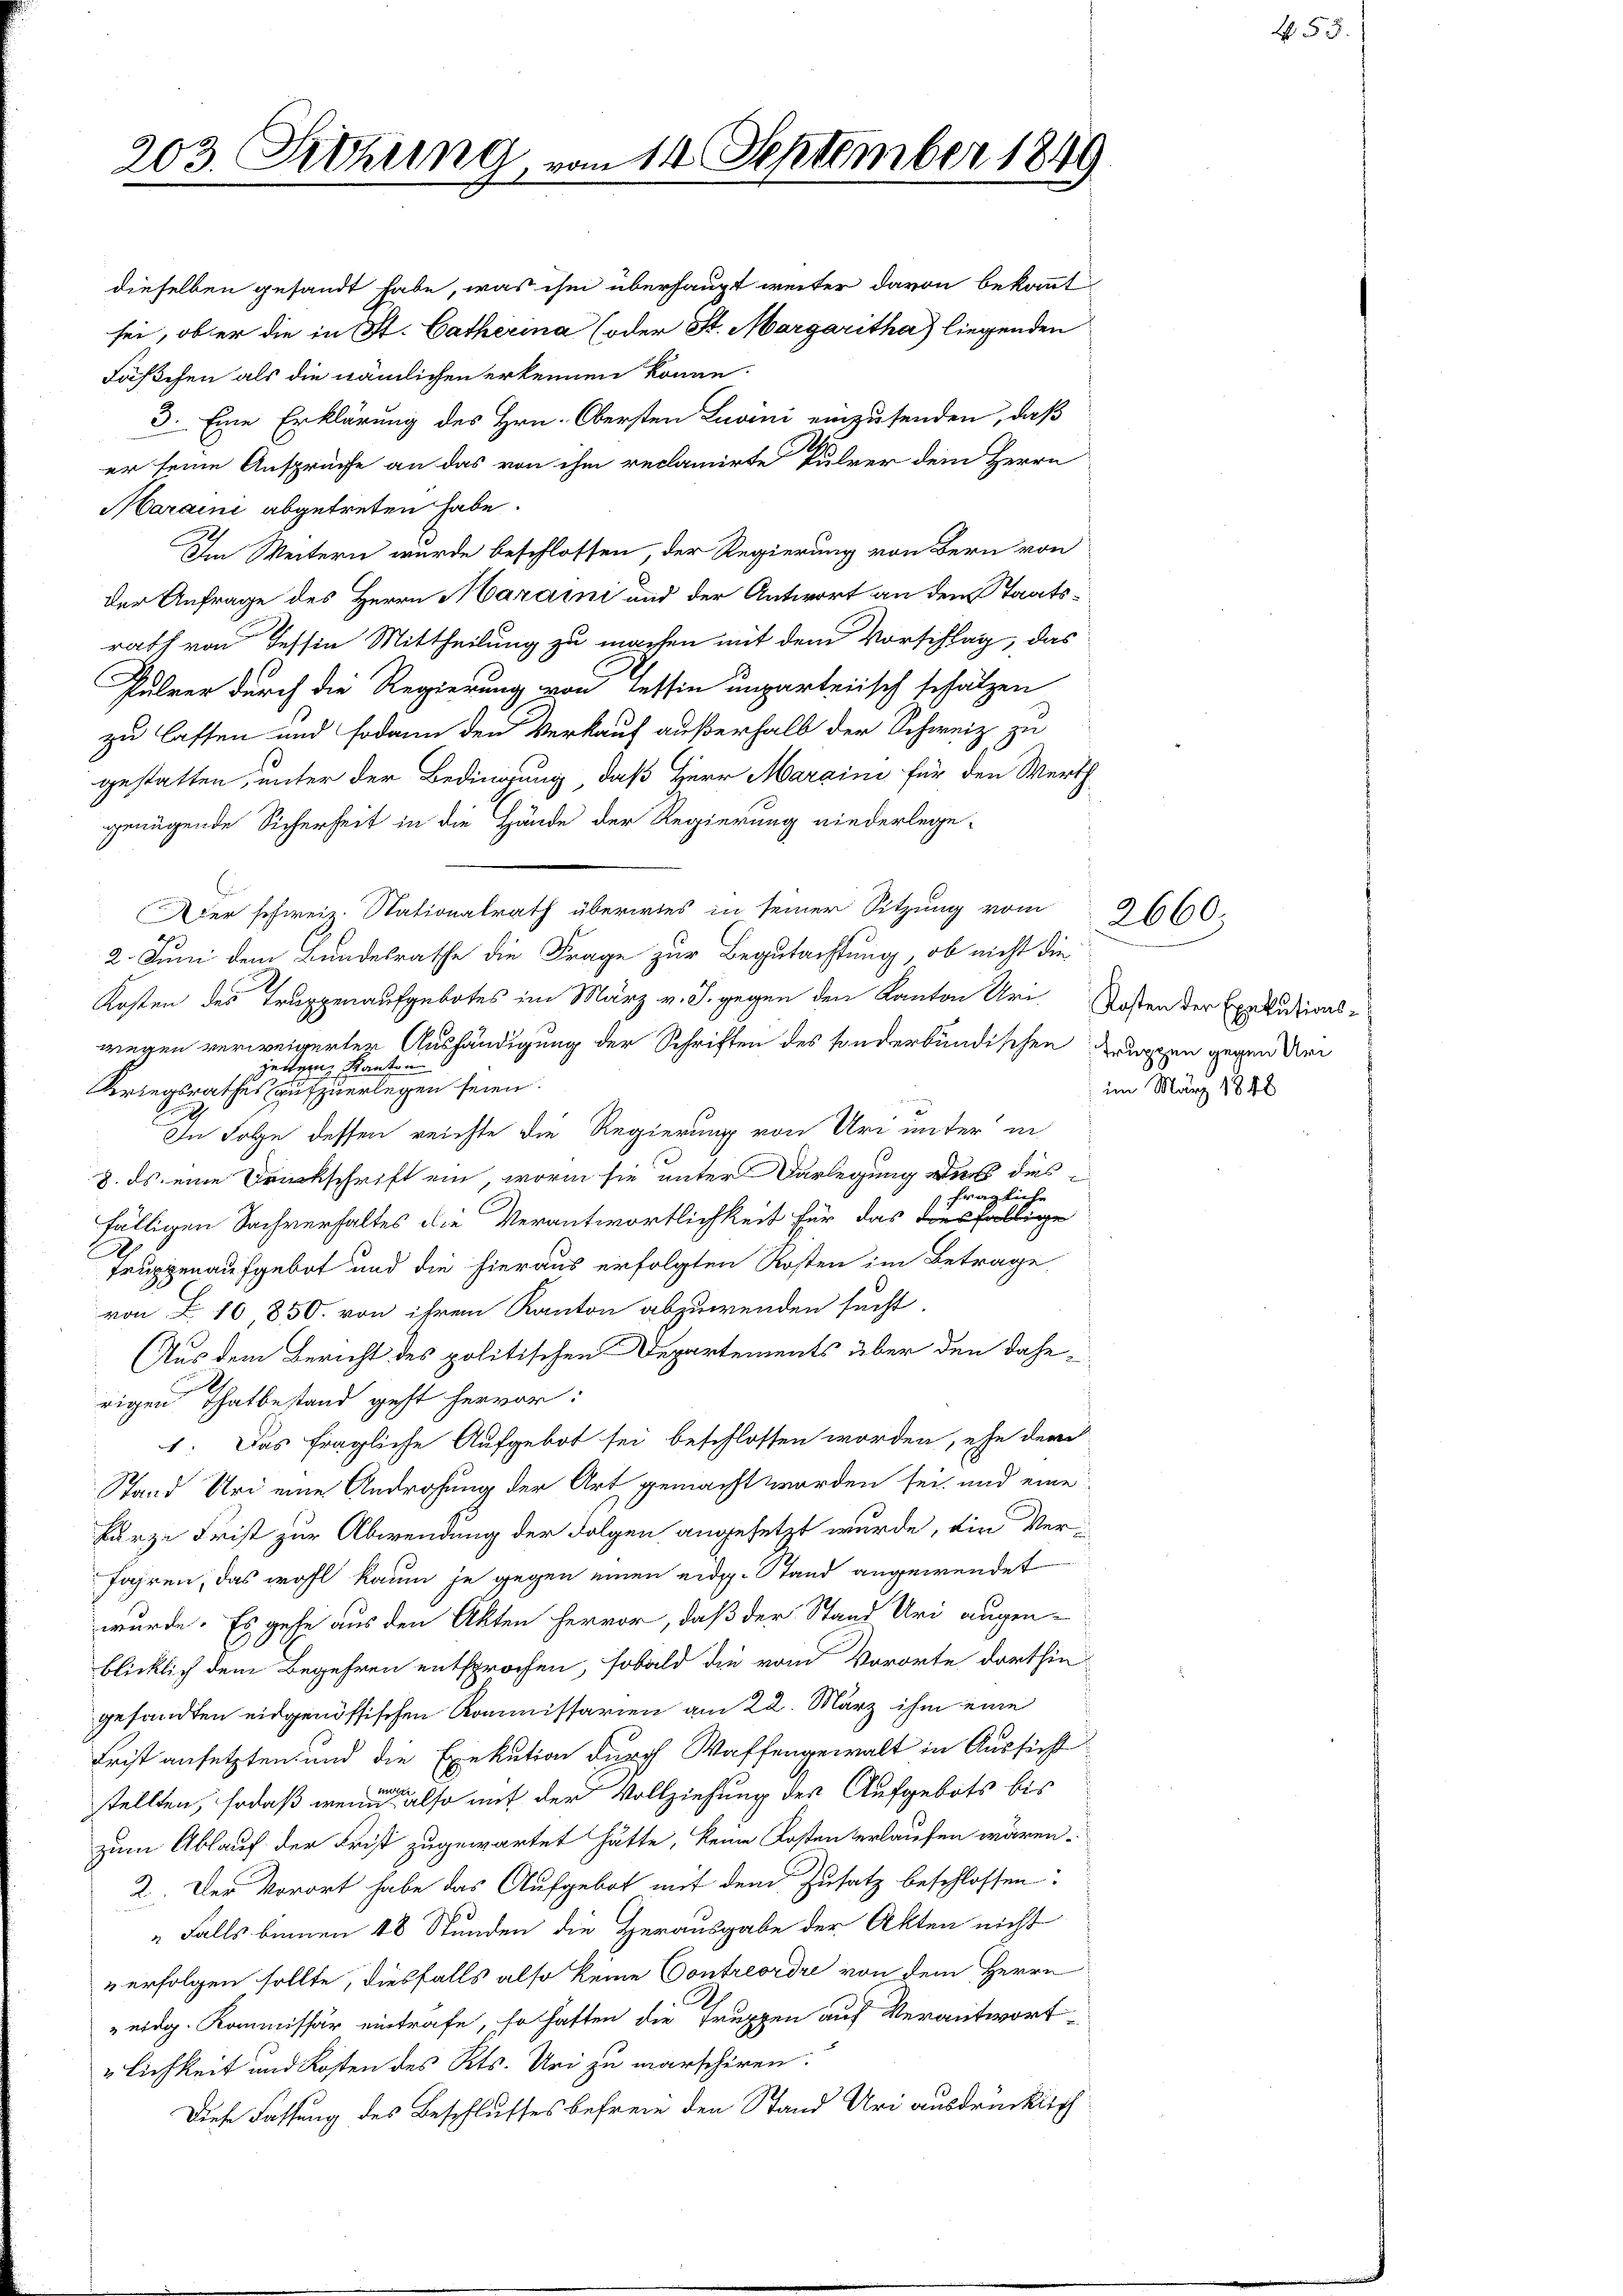
203. Fehring, vom 14. September 1849

Fäßchen als die nämlichen erkennen könne.
Maraini abgetreten habe.
zu lassen und sodann den Verkauf außerhalb der Schweiz zu
gestatten, unter der Bedingung, daß Herr Margini für den Werth
genügende Sicherheit in die Hände der Regierung niederlege-
Aer schweiz. Nationalrath überwies in seiner Sitzung vom
2. Juni dem Bundesrathe die Frage zur Begutachtung, ob nicht die
Kosten des Truppenaufgebotes im März v. J. gegen den Kanton Uri-Kosten der Exekutionswegen verweigerter Aushändigung der Schriften des sonderbundischen Truppen gegen Uri
zettern Kanton
Kriegsrathes aufzuerlegen seien.
In Folge dessen reichte die Regierung von Uri unter in
8. ds. eine Druckschrift ein, worin sie unter Darlegung der des
fragliche
fälligen Sachverhaltes die Verantwortlichkeit für das diesfällige
Truppenaufgebot und die hieraus erfolgten Kosten im Betrage
von § 10, 850. von ihrem Kanton abzuwenden sucht.
Aus dem Bericht des politischen Departements über den dahe
rigen Thatbestand geht hervor:
1: Das fragliche Aufgebot sei beschlossen worden, ehe der
Stand Uri eine Androhung der Art gemacht worden sei, und eine
kurze Frist zur Abwendung der Folgen angesetzt wurde, die Verfahren, das wohl kaum je gegen einen eidg. Stand angewendet
wurde. Es gehe aus den Akten hervor, daß der Stand Uri augen-
blicklich dem Begehren entsprochen, sobald die vom Vororte dorthin
gesandten eidgenössischen Kommissarien am 22. März ihm eine
Frist ansetzten und die Exekution durch Waffengewalt in Aussicht
stellten, sodaß wenn also mit der Vollziehung des Aufgebots bis
zum Ablauf der Frist zugewartet hätte, keine Kosten verlaufen wären.
2. Der Vorort habe das Aufgebot mit dem Zusatz beschlossen:
 Falls binnen 48 Stunden die Herausgabe der Akten nicht
u erfolgen sollte, diesfalls also keine Contreordre von dem Herrn
S
eidg. Kommissär eintrafe, so haften die Truppen auf Verantwort
lichkeit und Kosten des Kts. Uri zu marschiren.
Diese Fassung des Beschlusses befreie den Stand Uri ausdrücklich

dieselben gesandt habe, was ihm überhaupt weiter davon bekannt
sei, ob er die in St. Catherina (oder St. Margaritha) liegenden
3. Eine Erklärung des Hrn. Obersten Luvini einzusenden, daß
er seine Ansprüche an das von ihm reclamirte Pulver dem Herrn
Im Weitern wurde beschlossen, der Regierung von Bern von
der Anfrage des Herrn Haraini und der Antwort an dem Staatsrath von Tessin Mittheilung zu machen mit dem Vorschlag, das
Pulver durch die Regierung von Tessin unparteiisch schätzen

im März 1848

2660.

5